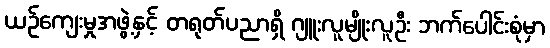
ယဉ်ကျေးမှုအဖွဲ့နှင့် တရုတ်ပညာရှိ ဂျူးလူမျိုးလူဦး ဘက်ပေါင်းစုံမှာ